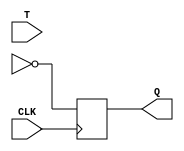
module T_FF (
    input T,
    input CLK,
    output reg Q
);

reg D1, D2;

always @(posedge CLK) begin
    D1 <= T;
    D2 <= ~Qn;
end

assign Q = D2;

endmodule